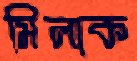
মিলাক